Madras plague regulations and rules - Volume 2
Disease focus: Plague
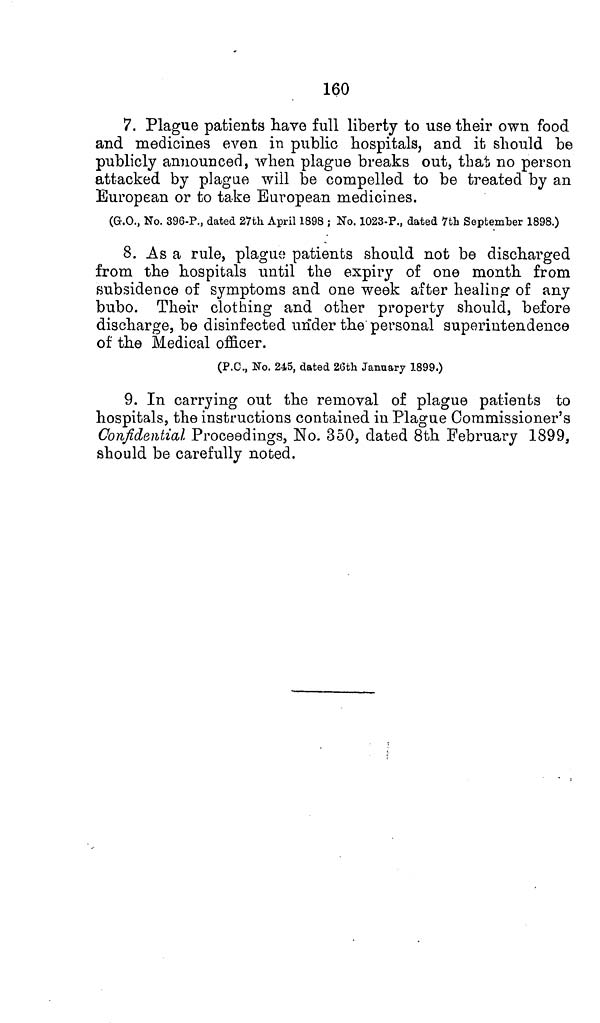
160
7. Plague patients have full liberty to use their own food
and medicines even in public hospitals, and it should be
publicly announced, when plague breaks out, that no person
attacked by plague will be compelled to be treated by an
European or to take European medicines.
(G.O., No. 396-P., dated 27th April 1898 ; No. 1023-P., dated 7th September 1898.)
8. As a rule, plague patients should not be discharged
from the hospitals until the expiry of one month from
subsidence of symptoms and one week after healing of any
bubo. Their clothing and other property should, before
discharge, be disinfected under the personal superintendence
of the Medical officer.
(P.C., No. 245, dated 26th January 1899.)
9. In carrying out the removal of plague patients to
hospitals, the instructions contained in Plague Commissioner's
Confidential Proceedings, No. 350, dated 8th February 1899,
should be carefully noted.